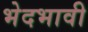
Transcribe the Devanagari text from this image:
भेदभावी